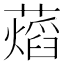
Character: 𧀜